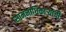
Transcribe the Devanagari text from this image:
सामनाधिकार्‍यांची